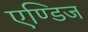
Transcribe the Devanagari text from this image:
एण्डिज